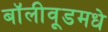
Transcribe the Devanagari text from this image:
बॉलीवूडमधे